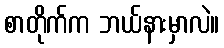
စာတိုက်က ဘယ်နားမှာလဲ။